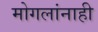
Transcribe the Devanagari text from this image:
मोगलांनाही